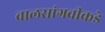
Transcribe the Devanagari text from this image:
वालसांगवीकडे